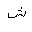
Letter: _shin